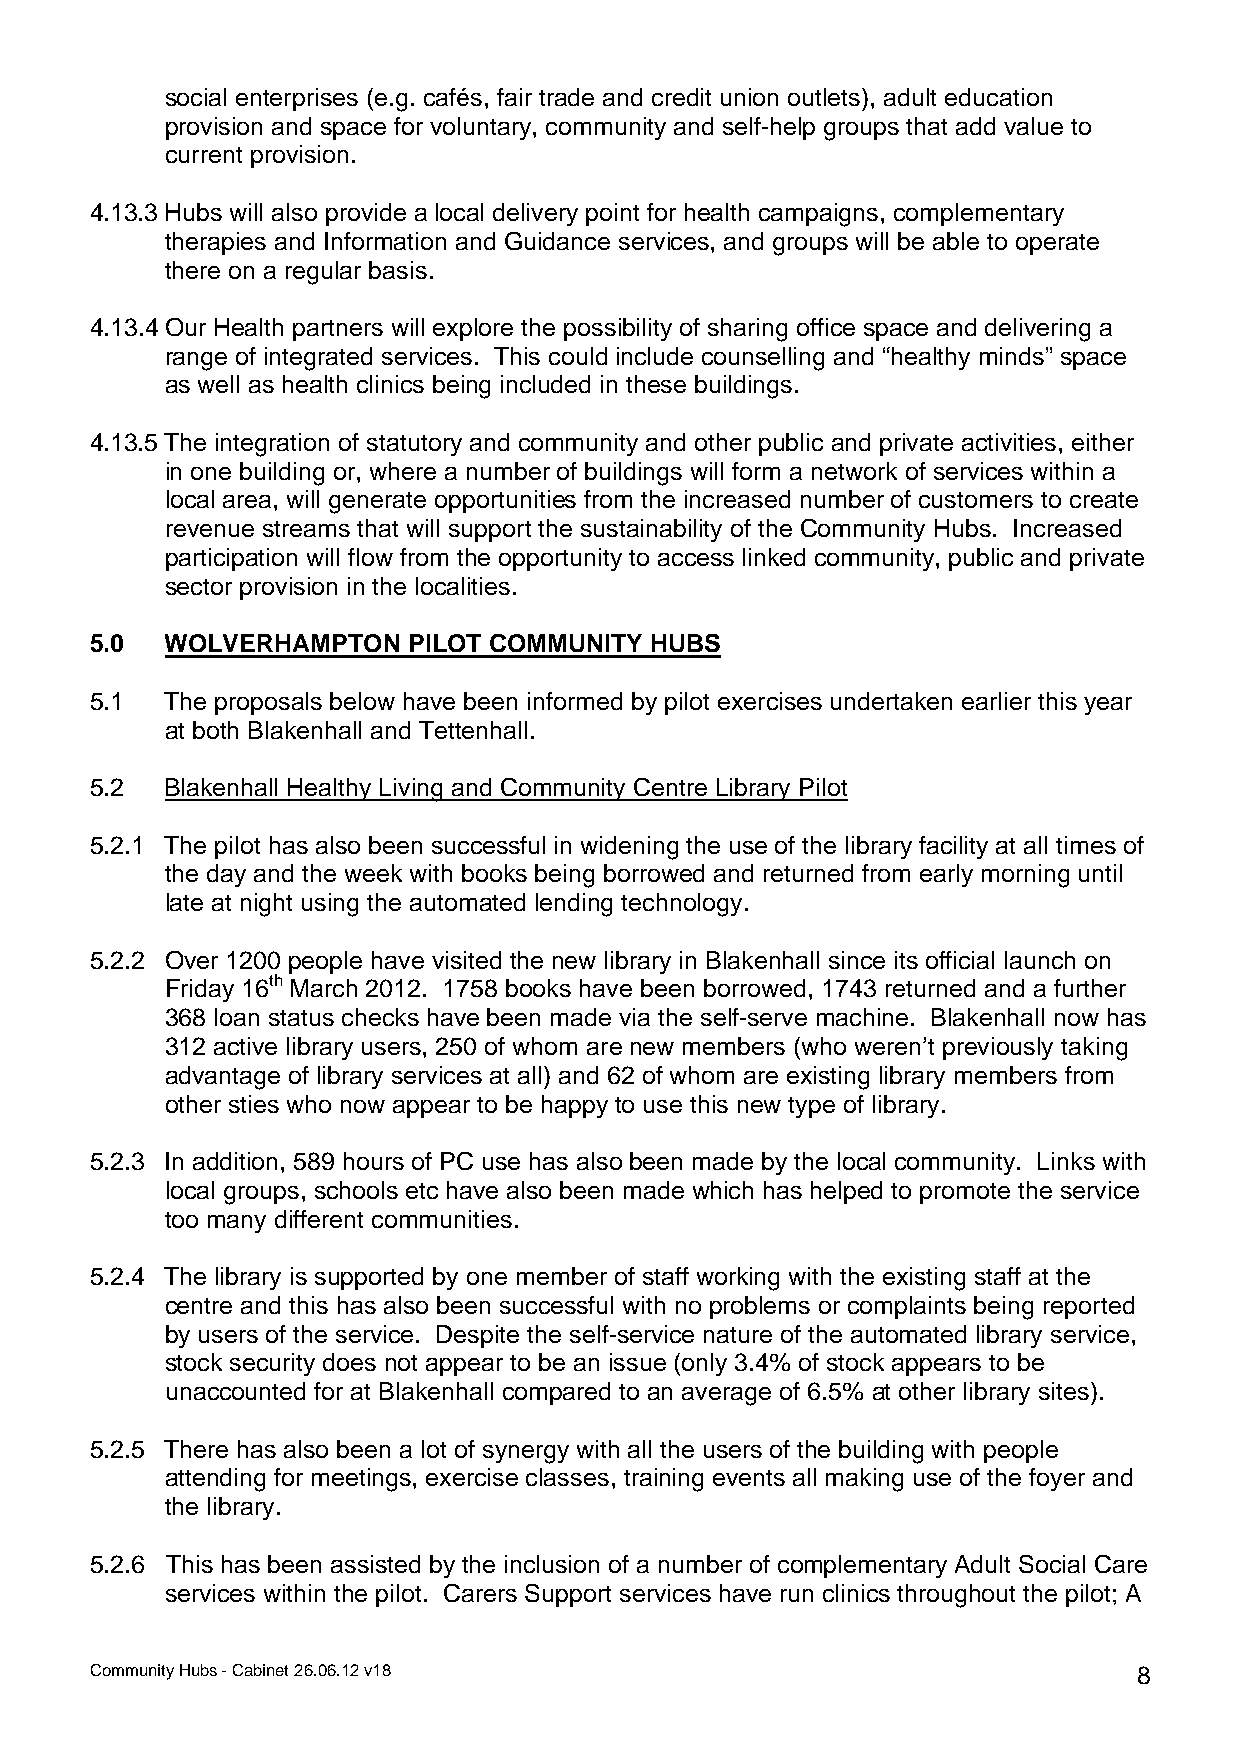
social enterprises (e.g. cafés, fair trade and credit union outlets), adult education
 provision and space for voluntary, community and self-help groups that add value to
 current provision.
 4.13.3 Hubs will also provide a local delivery point for health campaigns, complementary
 therapies and Information and Guidance services, and groups will be able to operate
 there on a regular basis.
 4.13.4 Our Health partners will explore the possibility of sharing office space and delivering a
 range of integrated services. This could include counselling and “healthy minds” space
 as well as health clinics being included in these buildings.
 4.13.5 The integration of statutory and community and other public and private activities, either
 in one building or, where a number of buildings will form a network of services within a
 local area, will generate opportunities from the increased number of customers to create
 revenue streams that will support the sustainability of the Community Hubs. Increased
 participation will flow from the opportunity to access linked community, public and private
 sector provision in the localities.
 5.0  WOLVERHAMPTON   PILOT COMMUNITY HUBS
 5.1  The proposals below have been informed by pilot exercises undertaken earlier this year
 at both Blakenhall and Tettenhall.
 5.2  Blakenhall Healthy Living and Community Centre Library Pilot
 5.2.1 The pilot has also been successful in widening the use of the library facility at all times of
 the day and the week with books being borrowed and returned from early morning until
 late at night using the automated lending technology.
 5.2.2 Over 1200 people have visited the new library in Blakenhall since its official launch on
 Friday 16th March 2012. 1758 books have been borrowed, 1743 returned and a further
 368 loan status checks have been made via the self-serve machine. Blakenhall now has
 312 active library users, 250 of whom are new members (who weren’t previously taking
 advantage of library services at all) and 62 of whom are existing library members from
 other sties who now appear to be happy to use this new type of library.
 5.2.3 In addition, 589 hours of PC use has also been made by the local community. Links with
 local groups, schools etc have also been made which has helped to promote the service
 too many different communities.
 5.2.4 The library is supported by one member of staff working with the existing staff at the
 centre and this has also been successful with no problems or complaints being reported
 by users of the service. Despite the self-service nature of the automated library service,
 stock security does not appear to be an issue (only 3.4% of stock appears to be
 unaccounted for at Blakenhall compared to an average of 6.5% at other library sites).
 5.2.5 There has also been a lot of synergy with all the users of the building with people
 attending for meetings, exercise classes, training events all making use of the foyer and
 the library.
 5.2.6 This has been assisted by the inclusion of a number of complementary Adult Social Care
 services within the pilot. Carers Support services have run clinics throughout the pilot; A
 Community Hubs - Cabinet 26.06.12 v18                                8